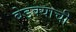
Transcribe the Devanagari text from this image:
बेडक्याची